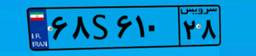
۱۲S۸۹۶۵۱